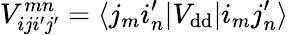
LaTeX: V_{iji^{\prime}j^{\prime}}^{mn}=\langle j_{m}i_{n}^{\prime}|V_{\mathrm{dd}}|i_{m}j_{n}^{\prime}\rangle